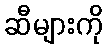
ဆီများကို